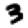
Digit: 3